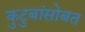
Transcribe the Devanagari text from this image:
कुटुबांसोबत